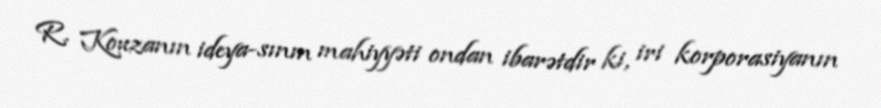
R. Kouzanın ideya-sının mahiyyəti ondan ibarətdir ki, iri korporasiyanın